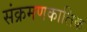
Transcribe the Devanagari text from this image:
संक्रमणकालिक